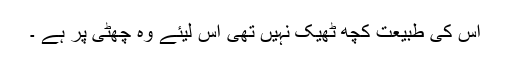
اس کی طبیعت کچھ ٹھیک نہیں تھی اس لیئے وہ چھٹی پر ہے ۔